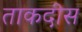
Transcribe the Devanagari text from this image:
ताकदीस